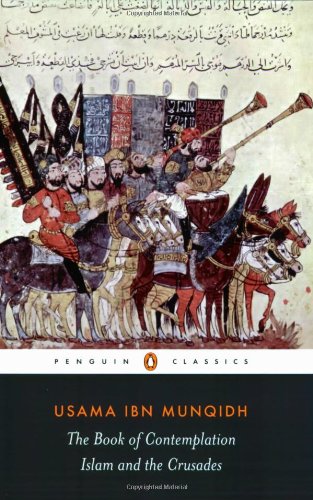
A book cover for The Book of Contemplation: Islam and the Crusades (Penguin Classics); Usama ibn Munqidh; History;